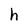
Character: h